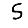
Digit: 5